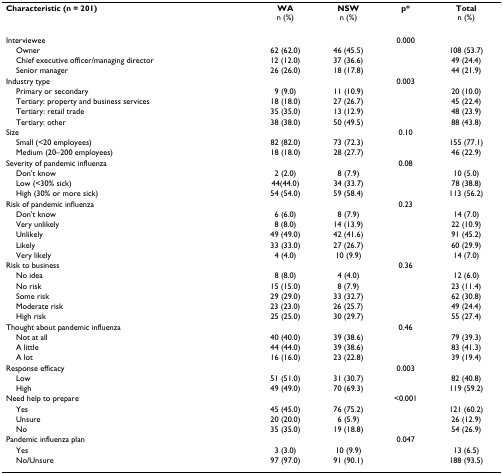
<table><thead><tr><td><b>Characteristic (n = 201)</b></td><td><b>WAn (%)</b></td><td><b>NSWn (%)</b></td><td><b>p*</b></td><td><b>Totaln (%)</b></td></tr></thead><tbody><tr><td>Interviewee</td><td></td><td></td><td>0.000</td><td></td></tr><tr><td> Owner</td><td>62 (62.0)</td><td>46 (45.5)</td><td></td><td>108 (53.7)</td></tr><tr><td> Chief executive officer/managing director</td><td>12 (12.0)</td><td>37 (36.6)</td><td></td><td>49 (24.4)</td></tr><tr><td> Senior manager</td><td>26 (26.0)</td><td>18 (17.8)</td><td></td><td>44 (21.9)</td></tr><tr><td>Industry type</td><td></td><td></td><td>0.003</td><td></td></tr><tr><td> Primary or secondary</td><td>9 (9.0)</td><td>11 (10.9)</td><td></td><td>20 (10.0)</td></tr><tr><td> Tertiary: property and business services</td><td>18 (18.0)</td><td>27 (26.7)</td><td></td><td>45 (22.4)</td></tr><tr><td> Tertiary: retail trade</td><td>35 (35.0)</td><td>13 (12.9)</td><td></td><td>48 (23.9)</td></tr><tr><td> Tertiary: other</td><td>38 (38.0)</td><td>50 (49.5)</td><td></td><td>88 (43.8)</td></tr><tr><td>Size</td><td></td><td></td><td>0.10</td><td></td></tr><tr><td> Small (&lt;20 employees)</td><td>82 (82.0)</td><td>73 (72.3)</td><td></td><td>155 (77.1)</td></tr><tr><td> Medium (20–200 employees)</td><td>18 (18.0)</td><td>28 (27.7)</td><td></td><td>46 (22.9)</td></tr><tr><td>Severity of pandemic influenza</td><td></td><td></td><td>0.08</td><td></td></tr><tr><td> Don&#x27;t know</td><td>2 (2.0)</td><td>8 (7.9)</td><td></td><td>10 (5.0)</td></tr><tr><td> Low (&lt;30% sick)</td><td>44(44.0)</td><td>34 (33.7)</td><td></td><td>78 (38.8)</td></tr><tr><td> High (30% or more sick)</td><td>54 (54.0)</td><td>59 (58.4)</td><td></td><td>113 (56.2)</td></tr><tr><td>Risk of pandemic influenza</td><td></td><td></td><td>0.23</td><td></td></tr><tr><td> Don&#x27;t know</td><td>6 (6.0)</td><td>8 (7.9)</td><td></td><td>14 (7.0)</td></tr><tr><td> Very unlikely</td><td>8 (8.0)</td><td>14 (13.9)</td><td></td><td>22 (10.9)</td></tr><tr><td> Unlikely</td><td>49 (49.0)</td><td>42 (41.6)</td><td></td><td>91 (45.2)</td></tr><tr><td> Likely</td><td>33 (33.0)</td><td>27 (26.7)</td><td></td><td>60 (29.9)</td></tr><tr><td> Very likely</td><td>4 (4.0)</td><td>10 (9.9)</td><td></td><td>14 (7.0)</td></tr><tr><td>Risk to business</td><td></td><td></td><td>0.36</td><td></td></tr><tr><td> No idea</td><td>8 (8.0)</td><td>4 (4.0)</td><td></td><td>12 (6.0)</td></tr><tr><td> No risk</td><td>15 (15.0)</td><td>8 (7.9)</td><td></td><td>23 (11.4)</td></tr><tr><td> Some risk</td><td>29 (29.0)</td><td>33 (32.7)</td><td></td><td>62 (30.8)</td></tr><tr><td> Moderate risk</td><td>23 (23.0)</td><td>26 (25.7)</td><td></td><td>49 (24.4)</td></tr><tr><td> High risk</td><td>25 (25.0)</td><td>30 (29.7)</td><td></td><td>55 (27.4)</td></tr><tr><td>Thought about pandemic influenza</td><td></td><td></td><td>0.46</td><td></td></tr><tr><td> Not at all</td><td>40 (40.0)</td><td>39 (38.6)</td><td></td><td>79 (39.3)</td></tr><tr><td> A little</td><td>44 (44.0)</td><td>39 (38.6)</td><td></td><td>83 (41.3)</td></tr><tr><td> A lot</td><td>16 (16.0)</td><td>23 (22.8)</td><td></td><td>39 (19.4)</td></tr><tr><td>Response efficacy</td><td></td><td></td><td>0.003</td><td></td></tr><tr><td> Low</td><td>51 (51.0)</td><td>31 (30.7)</td><td></td><td>82 (40.8)</td></tr><tr><td> High</td><td>49 (49.0)</td><td>70 (69.3)</td><td></td><td>119 (59.2)</td></tr><tr><td>Need help to prepare</td><td></td><td></td><td>&lt;0.001</td><td></td></tr><tr><td> Yes</td><td>45 (45.0)</td><td>76 (75.2)</td><td></td><td>121 (60.2)</td></tr><tr><td> Unsure</td><td>20 (20.0)</td><td>6 (5.9)</td><td></td><td>26 (12.9)</td></tr><tr><td> No</td><td>35 (35.0)</td><td>19 (18.8)</td><td></td><td>54 (26.9)</td></tr><tr><td>Pandemic influenza plan</td><td></td><td></td><td>0.047</td><td></td></tr><tr><td> Yes</td><td>3 (3.0)</td><td>10 (9.9)</td><td></td><td>13 (6.5)</td></tr><tr><td> No/Unsure</td><td>97 (97.0)</td><td>91 (90.1)</td><td></td><td>188 (93.5)</td></tr></tbody></table>